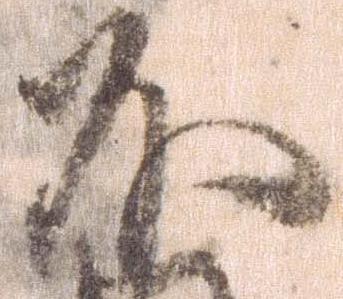
不